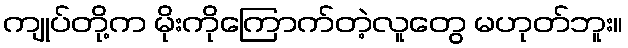
ကျုပ်တို့က မိုးကိုကြောက်တဲ့လူတွေ မဟုတ်ဘူး။